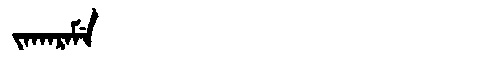
Manchu: ᠵᠠᡴᠠᡵᠠᠮᡝ
Romanization: JAKARAME